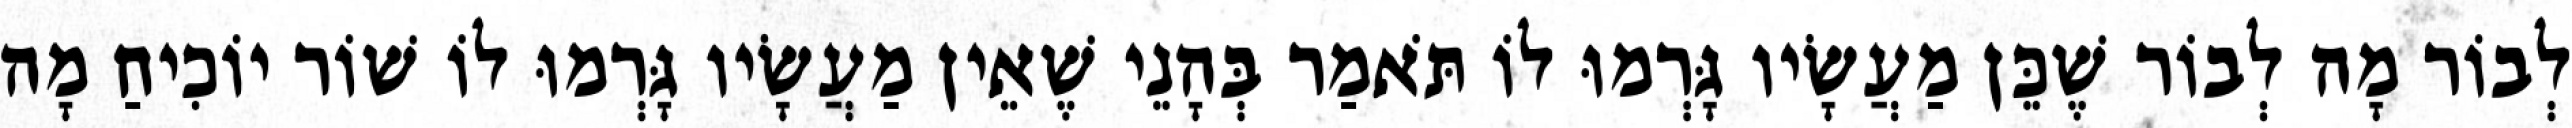
לְבוֹר מָה לְבוֹר שֶׁכֵּן מַעֲשָׂיו גָּרְמוּ לוֹ תֹּאמַר בְּהָנֵי שֶׁאֵין מַעֲשָׂיו גָּרְמוּ לוֹ שׁוֹר יוֹכִיחַ מָה